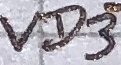
Text: VD3